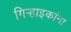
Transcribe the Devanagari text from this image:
गिर्‍हाइकांना